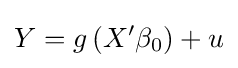
Y=g\left(X'\beta _{0}\right)+u